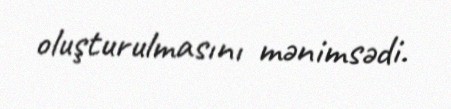
oluşturulmasını mənimsədi.